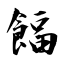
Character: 𩜰